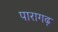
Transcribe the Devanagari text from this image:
पारागढ़